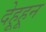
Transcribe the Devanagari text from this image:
देहूहून